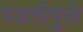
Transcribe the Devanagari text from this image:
पडतीमुळे